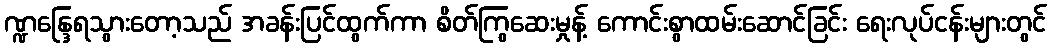
ဏ္ဍန္ဒြေရသွားတော့သည် အခန်းပြင်ထွက်ကာ စိတ်ကြွဆေးမှုန့် ကောင်းစွာထမ်းဆောင်ခြင်း ရေးလုပ်ငန်းများတွင်